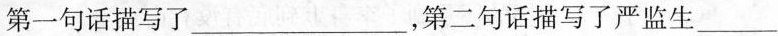
第一句话描写了___，第二句话描写了严监生___